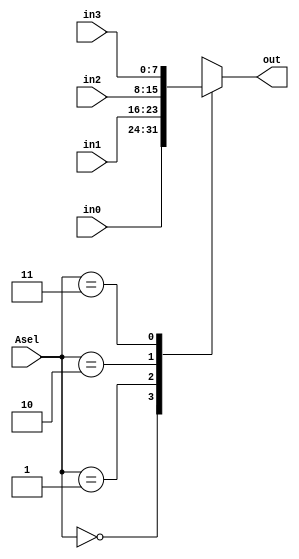
module Multiplexer4to1(
  input       [7:0]in0,in1,in2,in3,
  input       [1:0]Asel,
  output reg  [7:0]out
  );
  
  always@(in0,in1,in2,in3,Asel)
  begin
    case(Asel)
      2'b00:  out=in0;
      2'b01:  out=in1;
      2'b10:  out=in2;
      2'b11:  out=in3;
      default out=in3;
     endcase
  end
    
  endmodule